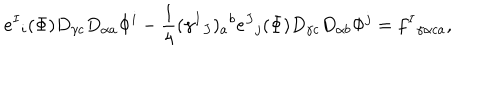
e ^ { I } { } _ { i } ( \Phi ) D _ { \gamma c } D _ { \alpha a } \Phi ^ { i } - { \frac { 1 } { 4 } } ( \gamma ^ { I } { } _ { J } ) _ { a } { } ^ { b } e ^ { J } { } _ { j } ( \Phi ) D _ { \gamma c } D _ { \alpha b } \Phi ^ { j } = f ^ { I } { } _ { \gamma \alpha c a } ,